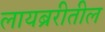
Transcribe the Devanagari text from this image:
लायब्ररीतील